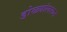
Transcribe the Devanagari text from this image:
डोळ्यांलरून